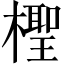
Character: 檉